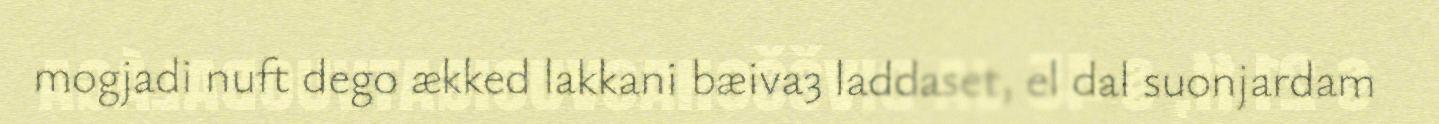
mogjadi nuft dego ækked lakkani bæiva3 laddaset, el dal suonjardam